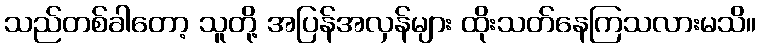
သည်တစ်ခါတော့ သူတို့ အပြန်အလှန်များ ထိုးသတ်နေကြသလားမသိ။